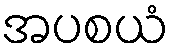
အပစယံ